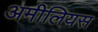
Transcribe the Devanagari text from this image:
अमीलियस